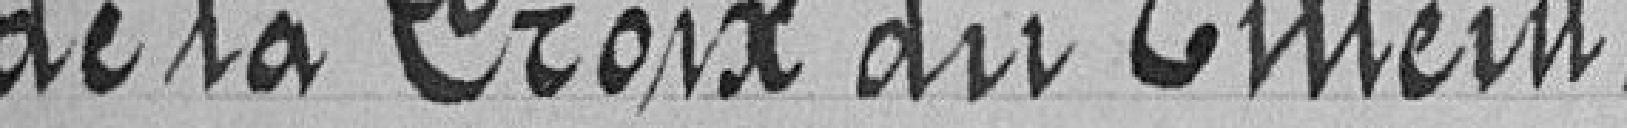
de la Croix du tilleul.